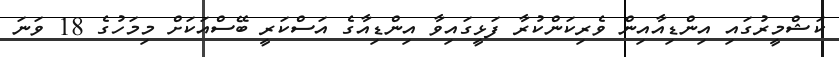
ކަޝްމީރުގައި އިންޑިއާއިން ވެރިކަންކުރާ ފަޅީގައިވާ އިންޑިއާގެ އަސްކަރީ ބޭސްއަކަށް މިމަހުގެ 18 ވަނަ